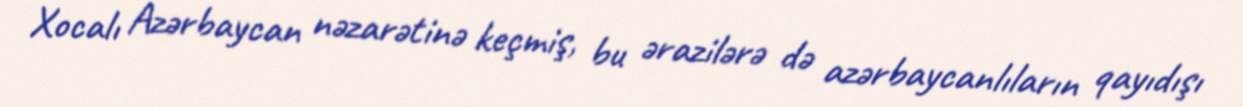
Xocalı Azərbaycan nəzarətinə keçmiş, bu ərazilərə də azərbaycanlıların qayıdışı